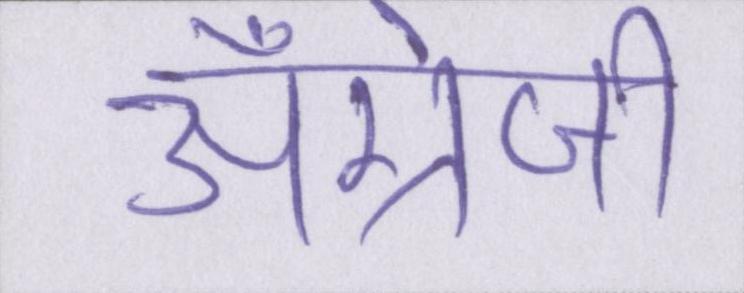
अँग्रेजी